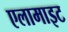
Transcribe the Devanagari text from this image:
एलामाइट